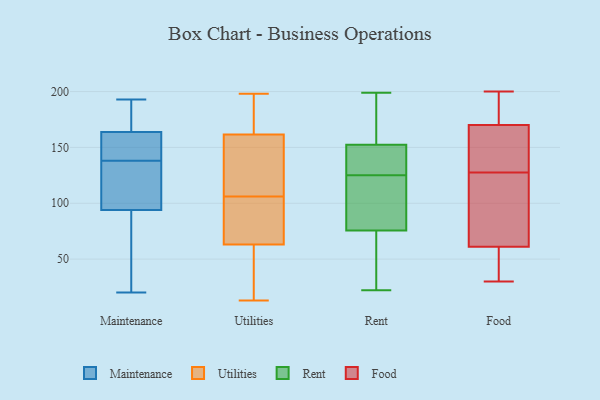
{"axis": {"x": "Waste Production (Tons)", "y": "Value"}, "legend": ["Food", "Maintenance", "Rent", "Utilities"], "data": [{"x": "", "y": 126, "type": "Maintenance"}, {"x": "", "y": 193, "type": "Maintenance"}, {"x": "", "y": 92, "type": "Maintenance"}, {"x": "", "y": 138, "type": "Maintenance"}, {"x": "", "y": 20, "type": "Maintenance"}, {"x": "", "y": 185, "type": "Maintenance"}, {"x": "", "y": 37, "type": "Maintenance"}, {"x": "", "y": 153, "type": "Maintenance"}, {"x": "", "y": 100, "type": "Maintenance"}, {"x": "", "y": 160, "type": "Maintenance"}, {"x": "", "y": 164, "type": "Maintenance"}, {"x": "", "y": 163, "type": "Maintenance"}, {"x": "", "y": 23, "type": "Maintenance"}, {"x": "", "y": 175, "type": "Maintenance"}, {"x": "", "y": 128, "type": "Maintenance"}, {"x": "", "y": 40, "type": "Utilities"}, {"x": "", "y": 114, "type": "Utilities"}, {"x": "", "y": 194, "type": "Utilities"}, {"x": "", "y": 132, "type": "Utilities"}, {"x": "", "y": 69, "type": "Utilities"}, {"x": "", "y": 116, "type": "Utilities"}, {"x": "", "y": 24, "type": "Utilities"}, {"x": "", "y": 57, "type": "Utilities"}, {"x": "", "y": 170, "type": "Utilities"}, {"x": "", "y": 90, "type": "Utilities"}, {"x": "", "y": 98, "type": "Utilities"}, {"x": "", "y": 185, "type": "Utilities"}, {"x": "", "y": 82, "type": "Utilities"}, {"x": "", "y": 51, "type": "Utilities"}, {"x": "", "y": 98, "type": "Utilities"}, {"x": "", "y": 198, "type": "Utilities"}, {"x": "", "y": 176, "type": "Utilities"}, {"x": "", "y": 13, "type": "Utilities"}, {"x": "", "y": 153, "type": "Utilities"}, {"x": "", "y": 151, "type": "Utilities"}, {"x": "", "y": 154, "type": "Rent"}, {"x": "", "y": 35, "type": "Rent"}, {"x": "", "y": 138, "type": "Rent"}, {"x": "", "y": 131, "type": "Rent"}, {"x": "", "y": 125, "type": "Rent"}, {"x": "", "y": 158, "type": "Rent"}, {"x": "", "y": 29, "type": "Rent"}, {"x": "", "y": 152, "type": "Rent"}, {"x": "", "y": 199, "type": "Rent"}, {"x": "", "y": 97, "type": "Rent"}, {"x": "", "y": 89, "type": "Rent"}, {"x": "", "y": 115, "type": "Rent"}, {"x": "", "y": 22, "type": "Rent"}, {"x": "", "y": 170, "type": "Food"}, {"x": "", "y": 193, "type": "Food"}, {"x": "", "y": 197, "type": "Food"}, {"x": "", "y": 30, "type": "Food"}, {"x": "", "y": 130, "type": "Food"}, {"x": "", "y": 139, "type": "Food"}, {"x": "", "y": 170, "type": "Food"}, {"x": "", "y": 114, "type": "Food"}, {"x": "", "y": 37, "type": "Food"}, {"x": "", "y": 125, "type": "Food"}, {"x": "", "y": 173, "type": "Food"}, {"x": "", "y": 200, "type": "Food"}, {"x": "", "y": 65, "type": "Food"}, {"x": "", "y": 47, "type": "Food"}, {"x": "", "y": 137, "type": "Food"}, {"x": "", "y": 89, "type": "Food"}, {"x": "", "y": 57, "type": "Food"}, {"x": "", "y": 61, "type": "Food"}]}